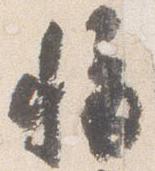
称